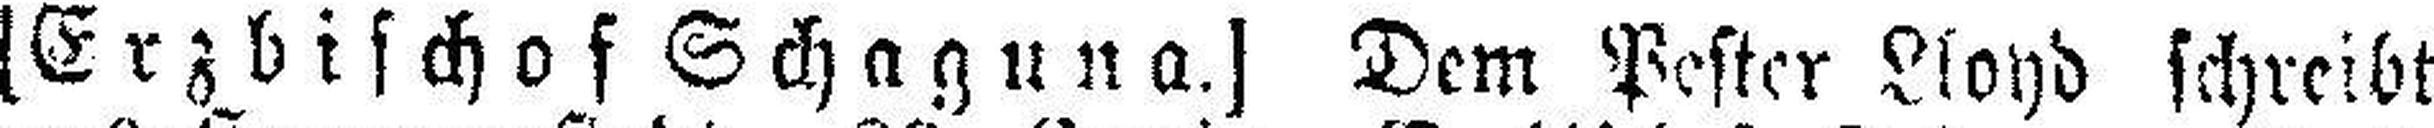
[Erzbischof Schaguna.] Dem Pester Lloyd schreibt